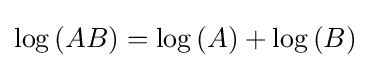
\log {(AB)}=\log {(A)}+\log {(B)}